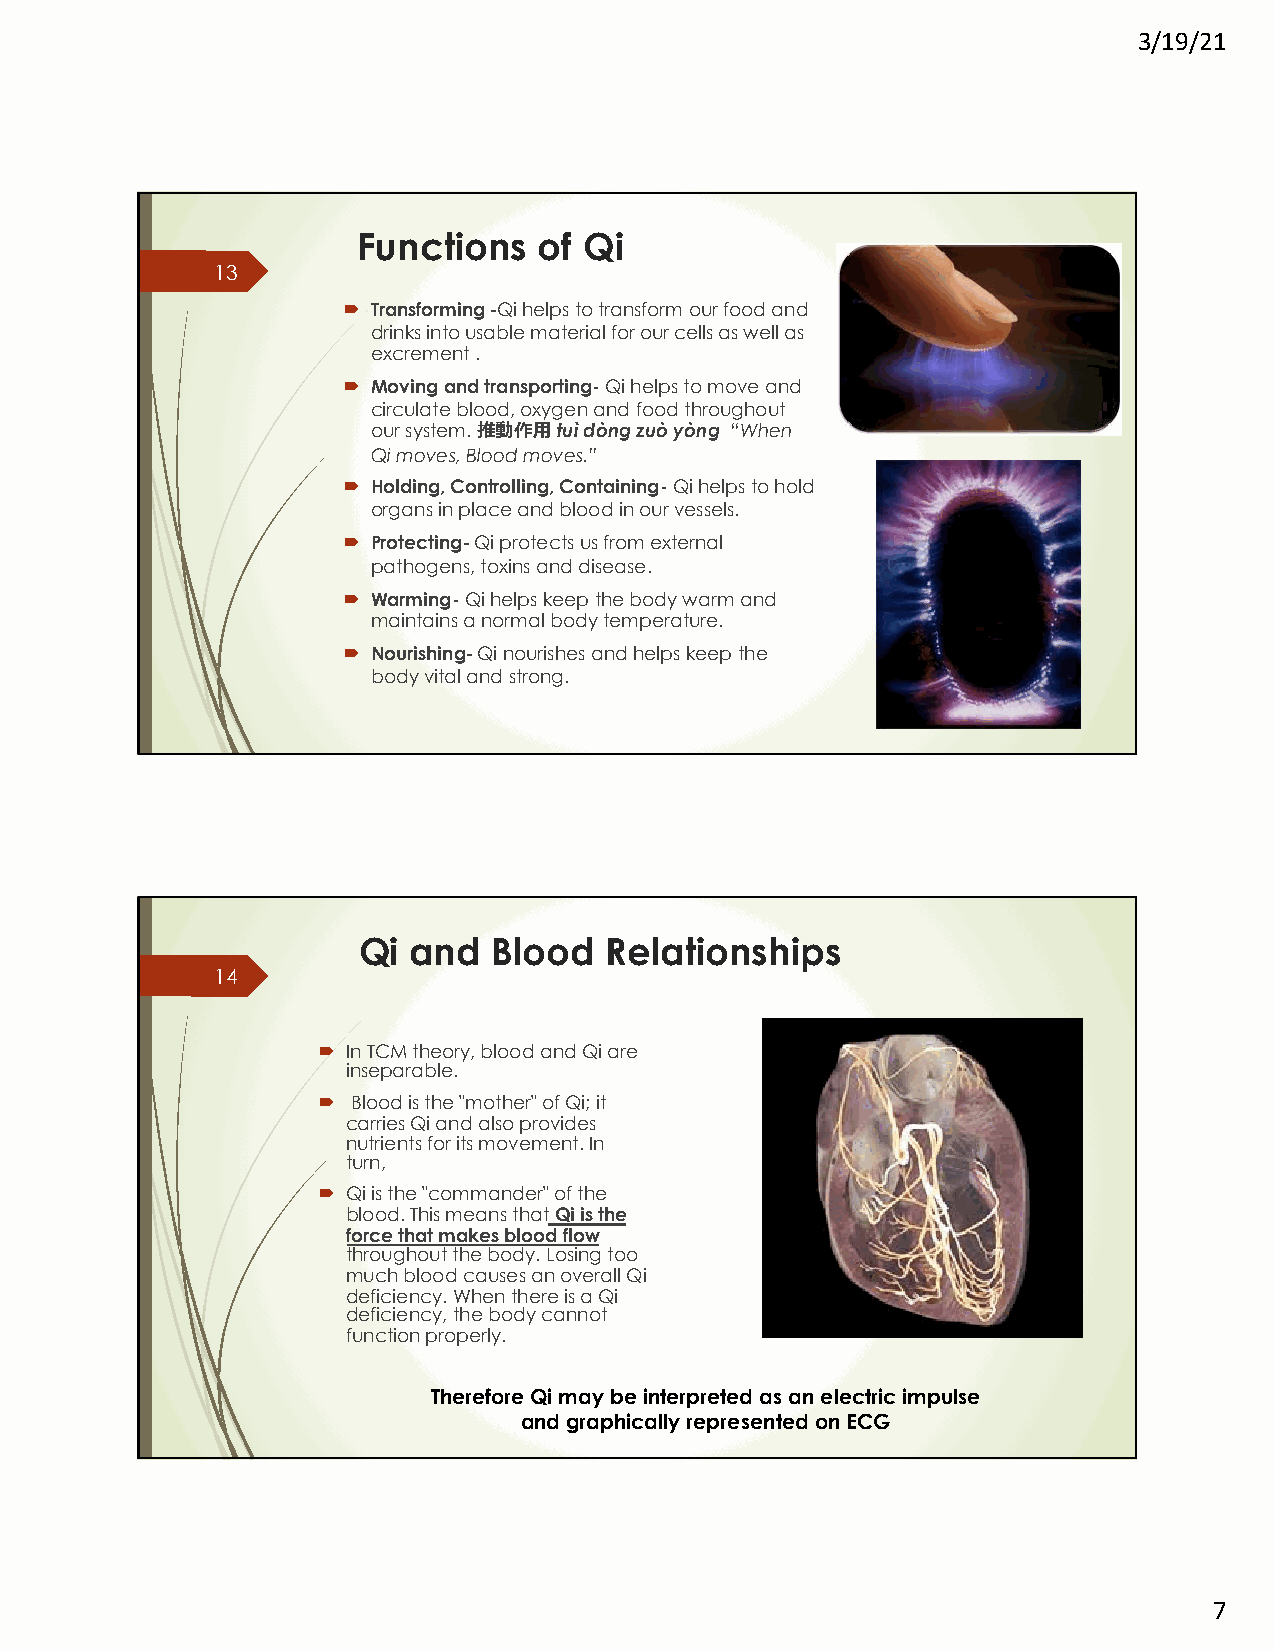
3/19/21
 Functions   of Qi
 13
 ´ Transforming -Qi helps to transform our food and
 drinks into usable material for our cells as well as
 excrement .
 ´ Moving and transporting-Qi helps to move and
 circulate blood, oxygen and food throughout
 our system. 推動作⽤tuìdòngzuòyòng “When
 Qi moves, Blood moves.”
 ´ Holding, Controlling, Containing-Qi helps to hold
 organs in place and blood in our vessels.
 ´ Protecting-Qi protects us from external
 pathogens, toxins and disease.
 ´ Warming-Qi helps keep the body warm and
 maintains a normal body temperature.
 ´ Nourishing-Qi nourishes and helps keep the
 body vital and strong.
 Qi and   Blood  Relationships
 14
 ´ In TCM theory, blood and Qi are
 inseparable.
 ´ Blood is the "mother" of Qi; it
 carries Qi and also provides
 nutrients for its movement. In
 turn,
 ´ Qi is the "commander" of the
 blood. This means thatQi is the
 force that makes blood flow
 throughout the body. Losing too
 much blood causes an overall Qi
 deficiency. When there is a Qi
 deficiency, the body cannot
 function properly.
 Therefore Qi may be interpreted as an electric impulse
 and graphically represented on ECG
 7